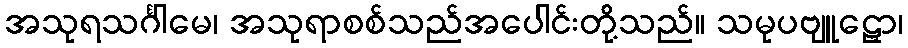
အသုရသင်္ဂါမေ၊ အသုရာစစ်သည်အပေါင်းတို့သည်။ သမုပဗျူဠှော၊